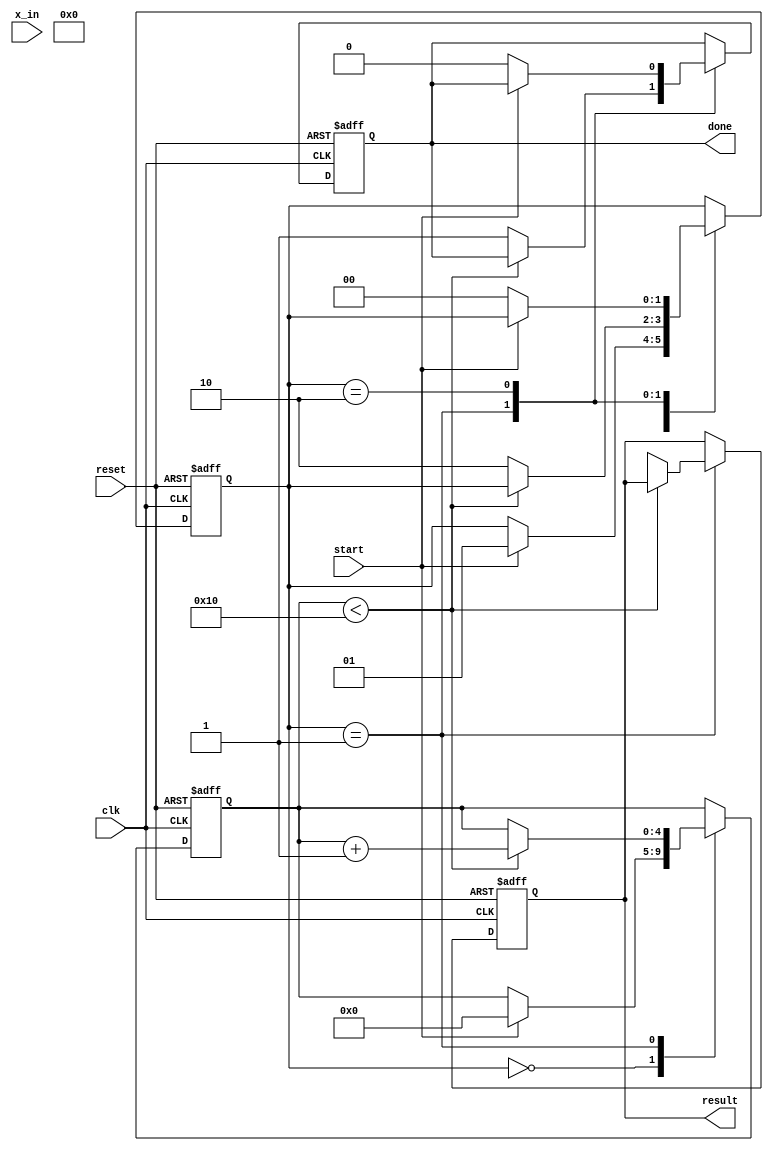
module cordic_exponential #(
    parameter N = 16,              // Number of iterations
    parameter WIDTH = 32,          // Width of the fixed-point representation
    parameter FIXED_POINT_FRACTION = 16 // Number of fractional bits
)(
    input wire clk,
    input wire reset,
    input wire start,
    input wire [WIDTH-1:0] x_in,   // Input exponent x
    output reg [WIDTH-1:0] result,  // Output e^x
    output reg done                 // Done signal
);

    // Internal signals
    reg [WIDTH-1:0] x [0:N-1];      // x values for each iteration
    reg [WIDTH-1:0] y [0:N-1];      // y values for each iteration
    reg [N-1:0] angle_table [0:N-1]; // Lookup table for atan(2^-i)
    reg [4:0] iteration;             // Iteration counter
    reg [WIDTH-1:0] scaling_factor;  // Scaling factor for final result
    reg [1:0] state;                 // State machine for control

    // State machine states
    localparam IDLE = 2'b00,
               RUN  = 2'b01,
               DONE = 2'b10;

    // Initialize the angle table
    initial begin
        angle_table[0] = 32'h00000000; // atan(1) = 0
        angle_table[1] = 32'h3F490FDB; // atan(0.5) = 0.463647609
        angle_table[2] = 32'h3F22F983; // atan(0.25) = 0.244978663
        // Add more values as needed for N iterations
    end

    // Scaling factor for e^x
    initial begin
        scaling_factor = 32'h00010000; // 2^k for k = 16
    end

    // State machine for control
    always @(posedge clk or posedge reset) begin
        if (reset) begin
            state <= IDLE;
            done <= 0;
            iteration <= 0;
            result <= 0;
        end else begin
            case (state)
                IDLE: begin
                    if (start) begin
                        // Initialize x and y for the first iteration
                        x[0] <= x_in;
                        y[0] <= 0; // y starts at 0
                        iteration <= 0;
                        state <= RUN;
                    end
                end
                RUN: begin
                    if (iteration < N) begin
                        // CORDIC rotation calculations
                        if (x[iteration] < 0) begin
                            x[iteration + 1] <= x[iteration] + (y[iteration] >>> iteration);
                            y[iteration + 1] <= y[iteration] - (x[iteration] >>> iteration);
                        end else begin
                            x[iteration + 1] <= x[iteration] - (y[iteration] >>> iteration);
                            y[iteration + 1] <= y[iteration] + (x[iteration] >>> iteration);
                        end
                        iteration <= iteration + 1;
                    end else begin
                        // Final result calculation
                        result <= (x[N] * scaling_factor) >>> FIXED_POINT_FRACTION; // Scale the result
                        done <= 1;
                        state <= DONE;
                    end
                end
                DONE: begin
                    // Wait for reset or new start
                    if (!start) begin
                        state <= IDLE;
                        done <= 0;
                    end
                end
            endcase
        end
    end

endmodule